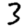
Digit: 3